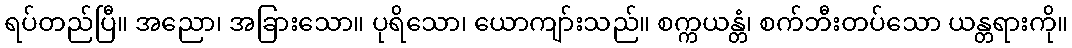
ရပ်တည်ပြီ။ အညော၊ အခြားသော။ ပုရိသော၊ ယောကျာ်းသည်။ စက္ကယန္တံ၊ စက်ဘီးတပ်သော ယန္တရားကို။